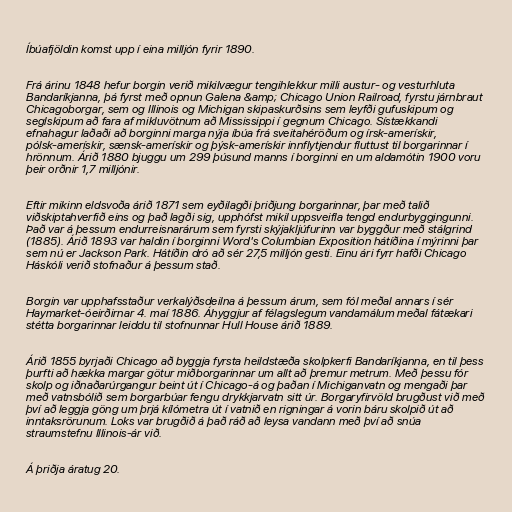
Íbúafjöldin komst upp í eina milljón fyrir 1890.

Frá árinu 1848 hefur borgin verið mikilvægur tengihlekkur milli austur- og vesturhluta
Bandaríkjanna, þá fyrst með opnun Galena &amp; Chicago Union Railroad, fyrstu járnbraut
Chicagoborgar, sem og Illinois og Michigan skipaskurðsins sem leyfði gufuskipum og
seglskipum að fara af mikluvötnum að Mississippi í gegnum Chicago. Sístækkandi
efnahagur laðaði að borginni marga nýja íbúa frá sveitahéröðum og írsk-amerískir,
pólsk-amerískir, sænsk-amerískir og þýsk-amerískir innflytjendur fluttust til borgarinnar í
hrönnum. Árið 1880 bjuggu um 299 þúsund manns í borginni en um aldamótin 1900 voru
þeir orðnir 1,7 milljónir.

Eftir mikinn eldsvoða árið 1871 sem eyðilagði þriðjung borgarinnar, þar með talið
viðskiptahverfið eins og það lagði sig, upphófst mikil uppsveifla tengd endurbyggingunni.
Það var á þessum endurreisnarárum sem fyrsti skýjakljúfurinn var byggður með stálgrind
(1885). Árið 1893 var haldin í borginni Word's Columbian Exposition hátíðina í mýrinni þar
sem nú er Jackson Park. Hátíðin dró að sér 27,5 milljón gesti. Einu ári fyrr hafði Chicago
Háskóli verið stofnaður á þessum stað.

Borgin var upphafsstaður verkalýðsdeilna á þessum árum, sem fól meðal annars í sér
Haymarket-óeirðirnar 4. maí 1886. Áhyggjur af félagslegum vandamálum meðal fátækari
stétta borgarinnar leiddu til stofnunnar Hull House árið 1889.

Árið 1855 byrjaði Chicago að byggja fyrsta heildstæða skolpkerfi Bandaríkjanna, en til þess
þurfti að hækka margar götur miðborgarinnar um allt að þremur metrum. Með þessu fór
skolp og iðnaðarúrgangur beint út í Chicago-á og þaðan í Michiganvatn og mengaði þar
með vatnsbólið sem borgarbúar fengu drykkjarvatn sitt úr. Borgaryfirvöld brugðust við með
því að leggja göng um þrjá kílómetra út í vatnið en rigningar á vorin báru skolpið út að
inntaksrörunum. Loks var brugðið á það ráð að leysa vandann með því að snúa
straumstefnu Illinois-ár við.

Á þriðja áratug 20.